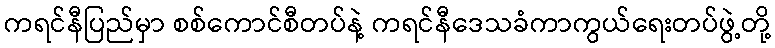
ကရင်နီပြည်မှာ စစ်ကောင်စီတပ်နဲ့ ကရင်နီဒေသခံကာကွယ်ရေးတပ်ဖွဲ့တို့